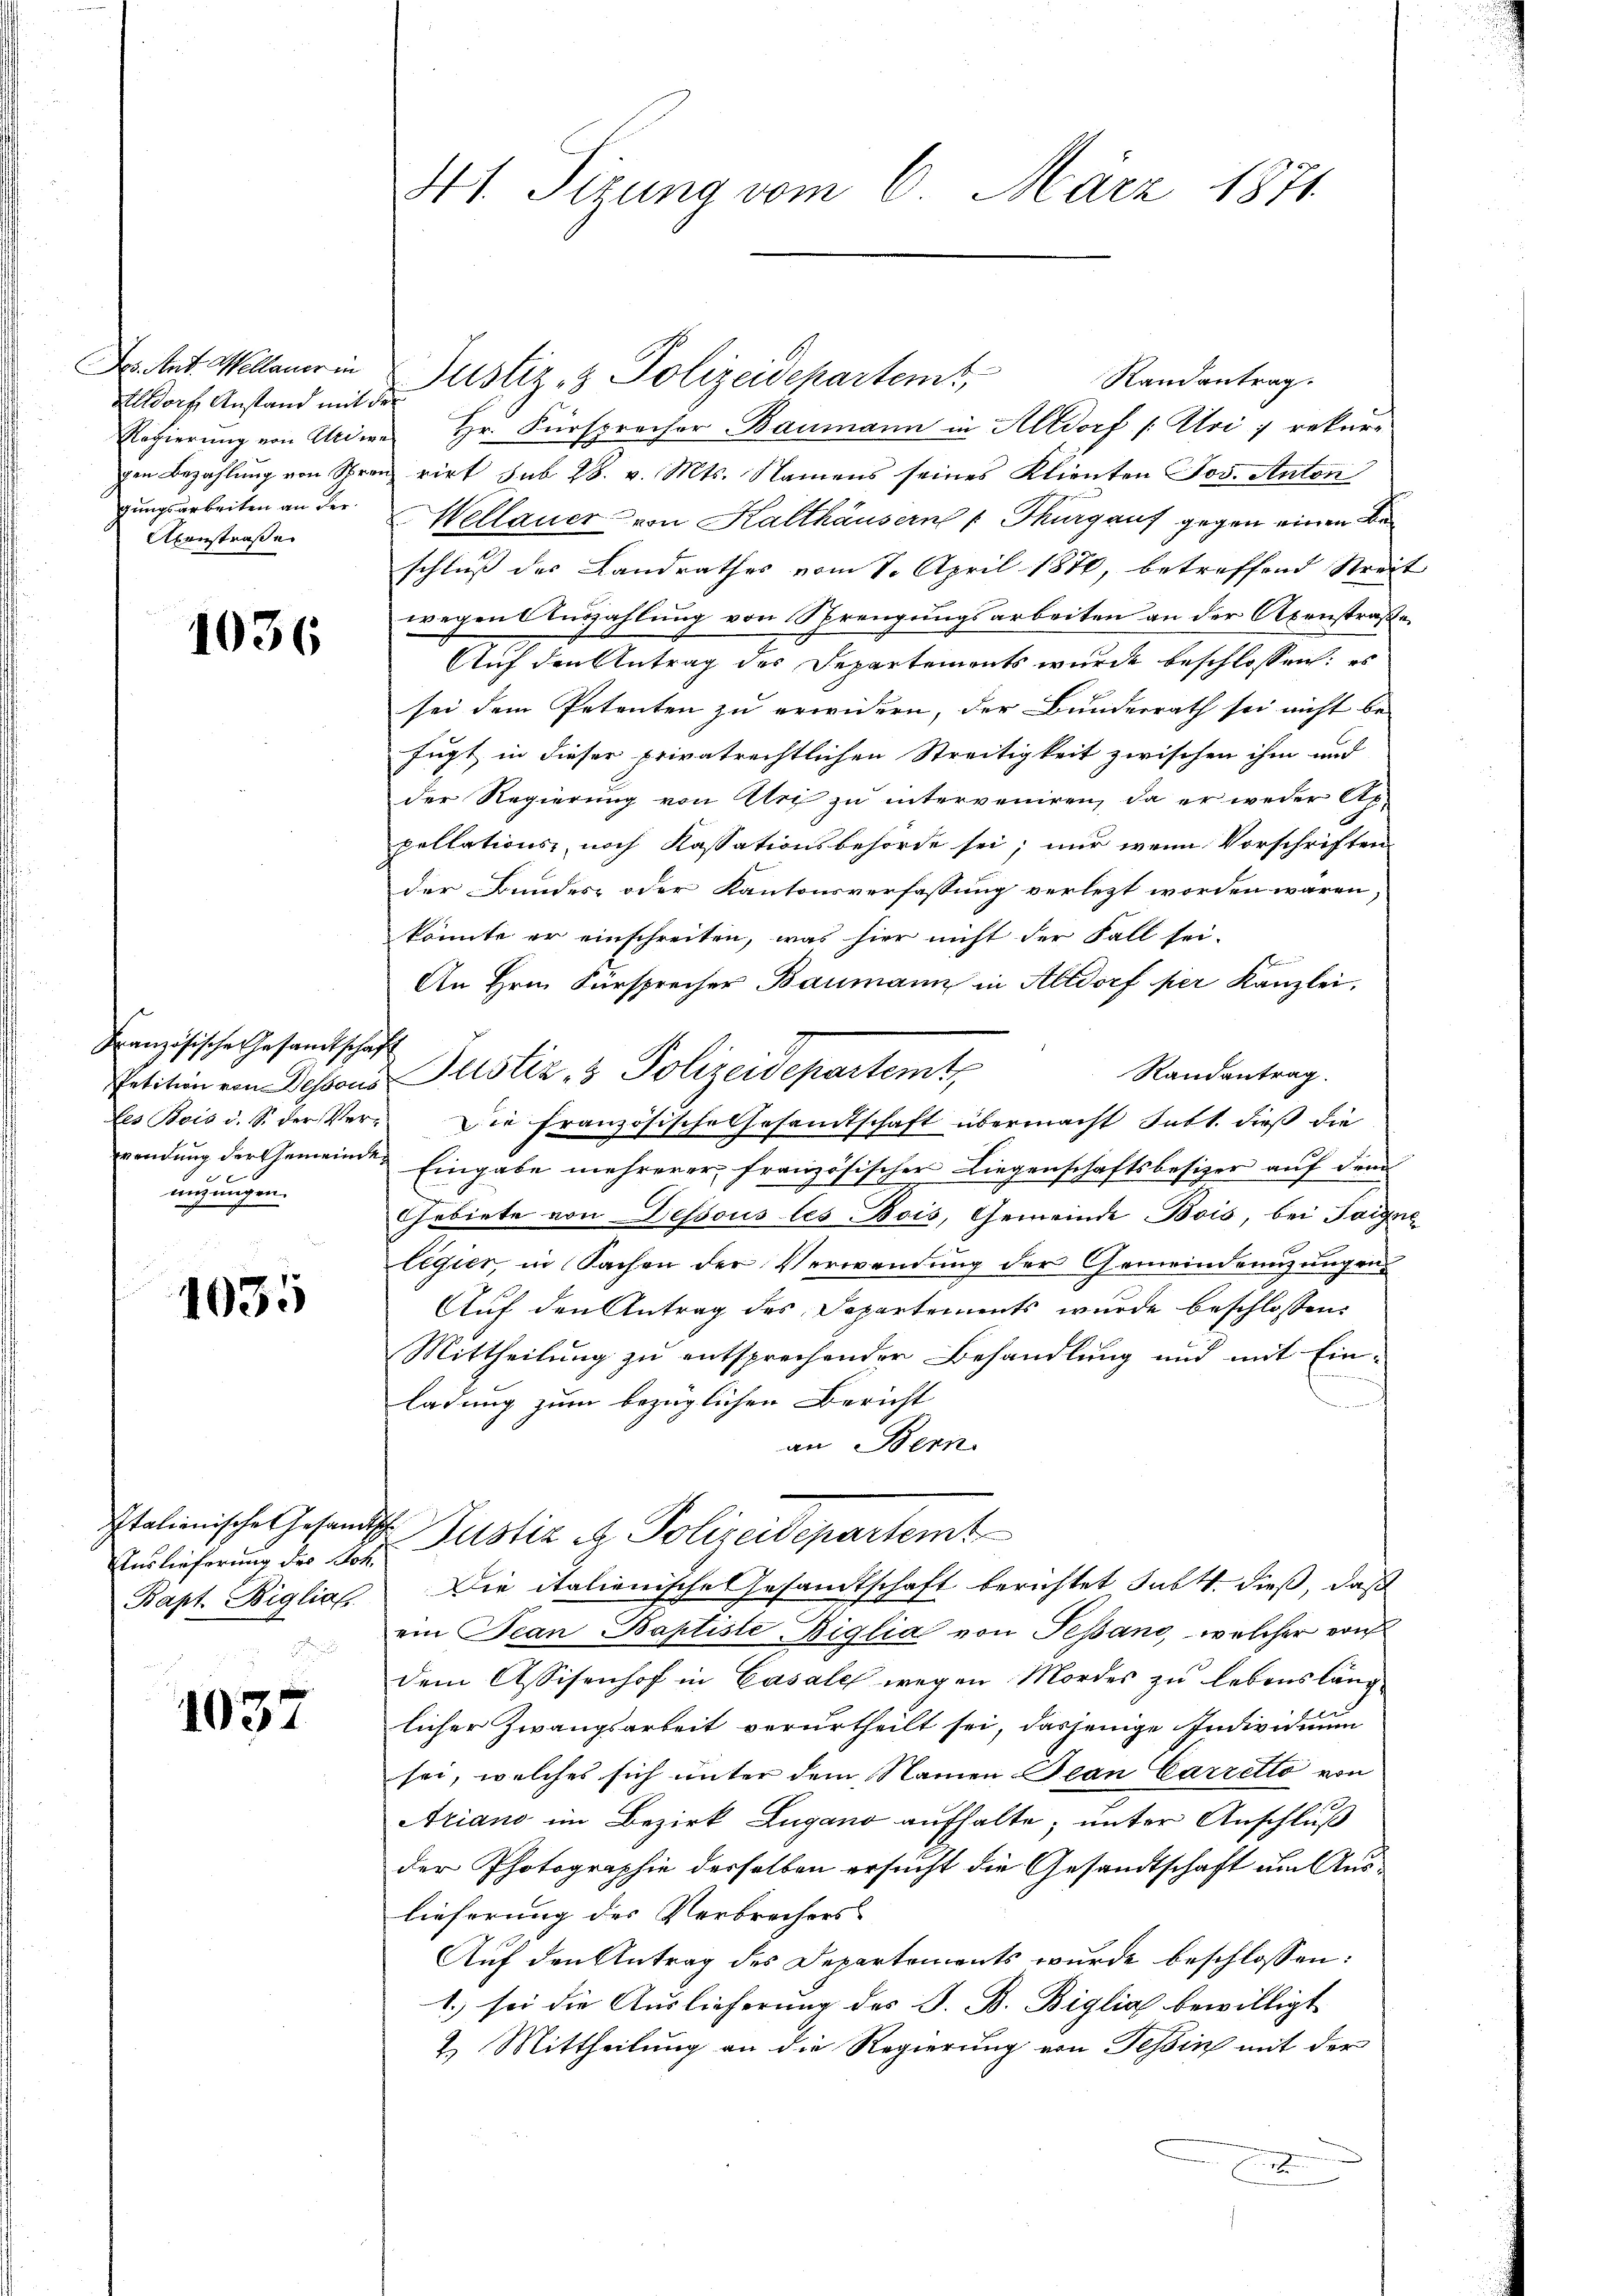
Des Ant. Mellauer in
Eldorf Anstand mit der
Regierung von Andere
gungsarbeiten an der
Axenstraße

1036

Französische Gesandtschaft
migungen.

1035

Italienische Gesandtsche

1037

41. Sizung vom 6. März 1871.

Randantrag.
Hr. Fürsprecher Baumann in Altdorf /: Uri ; rekurgen Bezahlŭng von Spren rirt sub 28. v. Mts. Namens seines Klienten Jos. Anton
Wellauer von Halthäusern Thurgauf gegen einen Beschluß des Landrathes vom 8. April 1870, betreffend Streit
wegen Auszahlung von Sprengungsarbeiten an der Axenstraße
Auf den Antrag des Departements wurde beschlossen: es
sei dem Petenten zu erwidern, der Bunderrath sei nicht be-
fugt in dieser privatrechtlichen Streitigkeit zwischen ihm und
der Regierung von Uri zu interveniren, da er weder Ap
pellations, noch Kassationsbehörde sei; nur wenn Vorschriften
der Bundes- oder Kantonsverfassung verletzt worden wären,
könnte er einschreiten, was hier nicht der Fall sei-
An Hrn. Fürsprecher Baumann in Altdorf per Kanzlei,
Randantrag.
Petiten von Dessens Justiz & Polizeidepartemt,
les Bois d. S. der Ver- Die Französische Gesandtschaft übermacht satt. dieß die
wendŭng der Gemeinde Eingabe mehrerer französischer Liegenschaftsbesizer aŭf dem
Gebiete von Dessous les Bois, Gemeinde Bois, bei Teigne
legier, in Sachen der Verwendung der Gemeindemnzungen
Auf den Antrag des Departements wurde beschlossen:
Mittheilung zu entsprechender Behandlung und mit Einladung zum bezüglichen Bericht
an Bern
Auslieferung der der Justiz u. Polizeidepartemt
Bapt. Biglias Die italienische Gesandtschaft berichtet subtt. dieß, daß
ein Jean Baptiste Biglia von Pessano, welcher von
dem Assisenhof in Casale wegen Mordes zu lebensläng
licher Zwangsarbeit verurtheilt sei, dasjenige Individuum
sei, welches sich unter dem Namen Bean Carretto von
9 f
Ariano im Bezirk Lugano aufhalte; unter Anschluß
der Photographie derselben ersucht die Gesandtschaft um Auslieferung des Verbrechers
Auf den Antrag des Departements wurde beschlossen:
1.) sei die Auslieferung des J. B. Biglia bewilligt
2. Mittheilung an die Regierung von Tessin mit der
A

Justiz- & Polizeidepartemt,